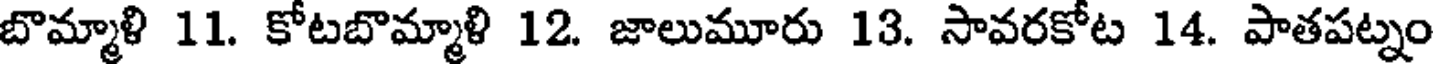
బొమ్మాళి 11. కోటబొమ్మాళి 12. జాలుమూరు 13. సావరకోట 14. పాతపట్నం